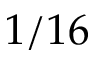
1 / 1 6